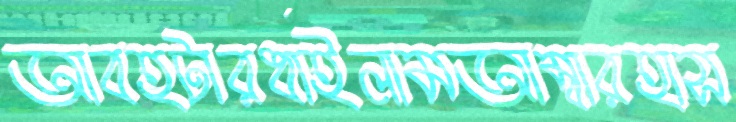
আবহটারধাইলামআম্বারহাস